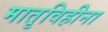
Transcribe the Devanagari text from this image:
मातृविहीना